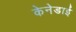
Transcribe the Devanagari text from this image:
केनेडाई